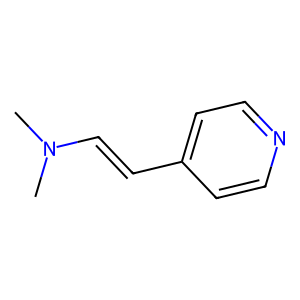
SMILES: CN(C)C=Cc1ccncc1
Inhibits HIV replication: No